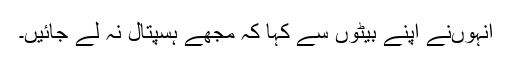
انہوںنے اپنے بیٹوں سے کہا کہ مجھے ہسپتال نہ لے جائیں۔